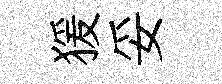
猨妥